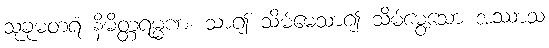
သုခုမတရံ နိမိတ္တရမ္မဏံ၊ သာ၍ သိမ်မေသာ၍ သိမ်မွေ့သော အဿာသ